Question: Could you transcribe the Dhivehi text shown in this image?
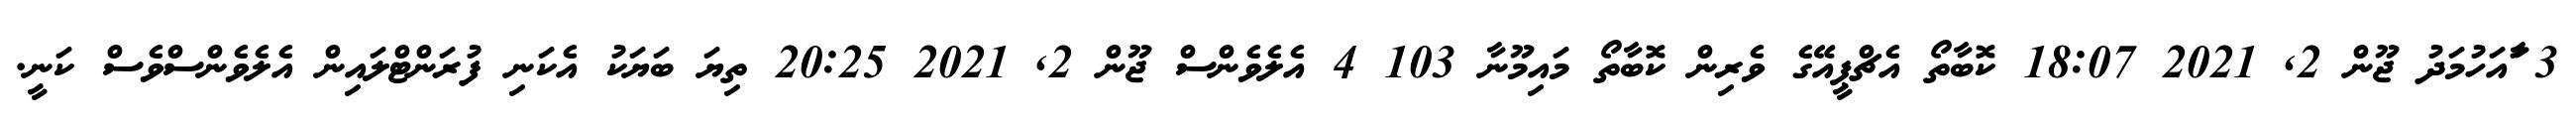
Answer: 3 ާައަހުމަދު ޖޫން 2, 2021 18:07 ކޮބާތޯ އެޗްޕީއޭގެ ވެރިން ކޮބާތޯ މައިމޫނާ 103 4 އެލެވެންސް ޖޫން 2, 2021 20:25 ތިޔަ ބަޔަކު އެކަނި ފުރަންޓްލައިން އެލެވެންސްވެސް ކަނީ.